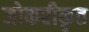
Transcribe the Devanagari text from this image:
जोकरीकृत